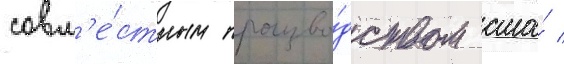
совм'е́стным произво́дством сша́ /